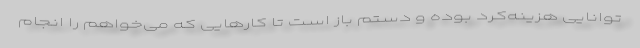
توانایی هزینه‌کرد بوده و دستم باز است تا کارهایی که می‌خواهم را انجام